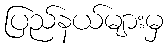
ပြည်နယ်များမှ